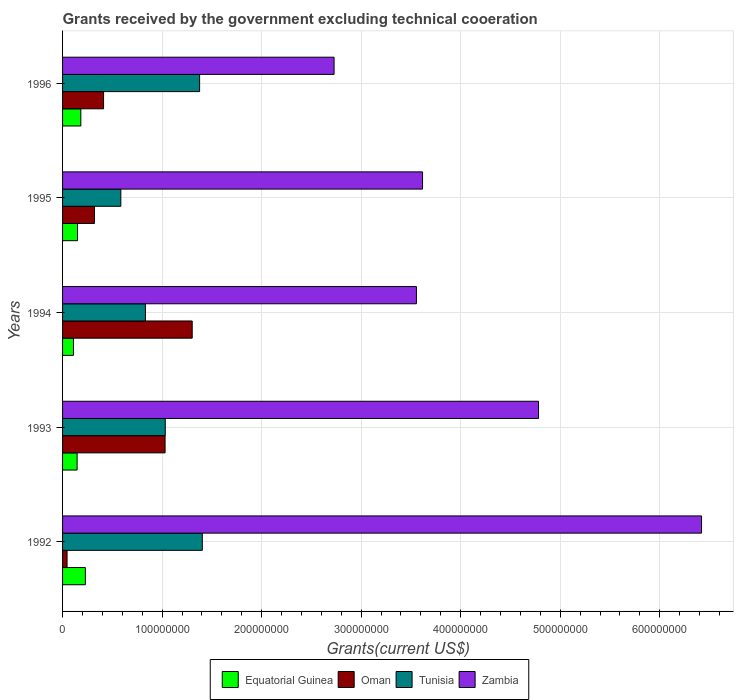
| Years | Equatorial Guinea | Oman | Tunisia | Zambia |
 | --- | --- | --- | --- | --- |
 | 1992 | 2.29e+07 | 4.52e+06 | 1.4e+08 | 6.42e+08 |
 | 1993 | 1.46e+07 | 1.03e+08 | 1.03e+08 | 4.78e+08 |
 | 1994 | 1.1e+07 | 1.3e+08 | 8.32e+07 | 3.56e+08 |
 | 1995 | 1.5e+07 | 3.2e+07 | 5.85e+07 | 3.62e+08 |
 | 1996 | 1.84e+07 | 4.12e+07 | 1.38e+08 | 2.73e+08 |